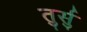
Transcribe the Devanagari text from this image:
तुर्सु